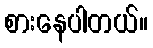
စားနေပါတယ်။